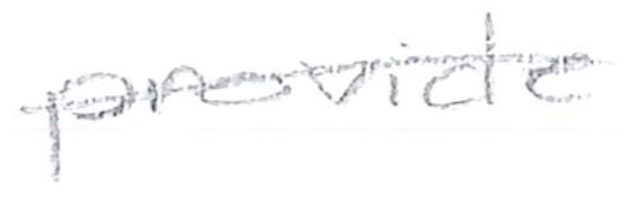
Text: provide
Cross-out: single-line
Writing tool: pencil